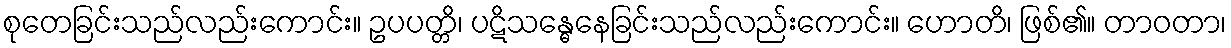
စုတေခြင်းသည်လည်းကောင်း။ ဥပပတ္တိ၊ ပဋိသန္ဓေနေခြင်းသည်လည်းကောင်း။ ဟောတိ၊ ဖြစ်၏။ တာဝတာ၊